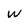
Character: w